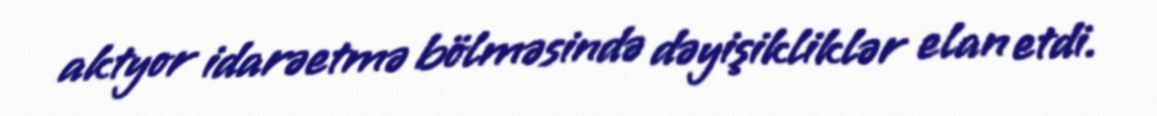
aktyor idarəetmə bölməsində dəyişikliklər elan etdi.